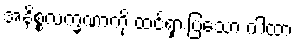
အနိစ္စလက္ခဏာကို ထင်ရှားပြသော ဂါထာ